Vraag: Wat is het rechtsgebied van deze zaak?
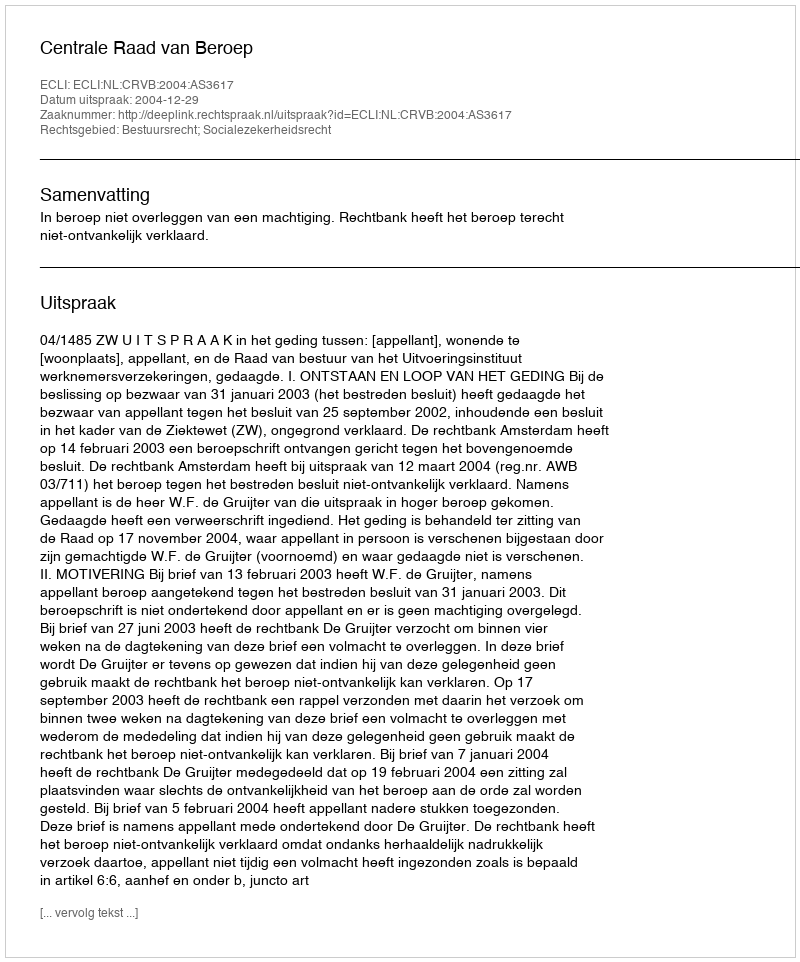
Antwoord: Bestuursrecht; Socialezekerheidsrecht